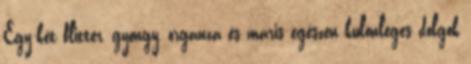
Egy-két flitter, gyöngy, organza és máris egészen különleges dolgok